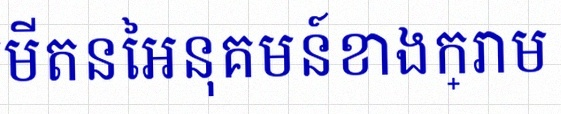
គណនាលីមីតនៃអនុគមន៍ខាងក្រោម